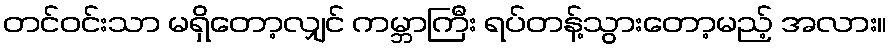
တင်ဝင်းသာ မရှိတော့လျှင် ကမ္ဘာကြီး ရပ်တန့်သွားတော့မည့် အလား။